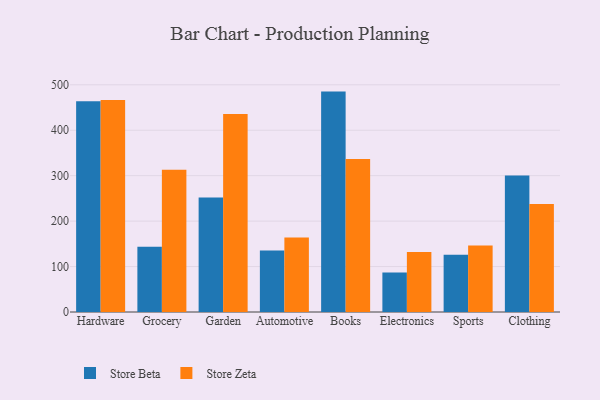
{"axis": {"x": "Category", "y": "Budget (USD K)"}, "legend": ["Store Beta", "Store Zeta"], "data": [{"x": "Hardware", "y": 463.7, "type": "Store Beta"}, {"x": "Hardware", "y": 466.3, "type": "Store Zeta"}, {"x": "Grocery", "y": 143.8, "type": "Store Beta"}, {"x": "Grocery", "y": 312.9, "type": "Store Zeta"}, {"x": "Garden", "y": 251.8, "type": "Store Beta"}, {"x": "Garden", "y": 435.5, "type": "Store Zeta"}, {"x": "Automotive", "y": 135.6, "type": "Store Beta"}, {"x": "Automotive", "y": 163.8, "type": "Store Zeta"}, {"x": "Books", "y": 485.0, "type": "Store Beta"}, {"x": "Books", "y": 336.5, "type": "Store Zeta"}, {"x": "Electronics", "y": 86.8, "type": "Store Beta"}, {"x": "Electronics", "y": 132.0, "type": "Store Zeta"}, {"x": "Sports", "y": 125.9, "type": "Store Beta"}, {"x": "Sports", "y": 146.5, "type": "Store Zeta"}, {"x": "Clothing", "y": 300.1, "type": "Store Beta"}, {"x": "Clothing", "y": 237.6, "type": "Store Zeta"}]}